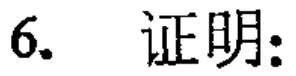
6. 证明：